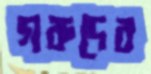
গরুদের